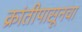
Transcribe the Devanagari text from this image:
क्रांतीपासूनचा